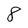
Character: 8